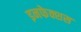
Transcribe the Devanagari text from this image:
इनफेक्शस